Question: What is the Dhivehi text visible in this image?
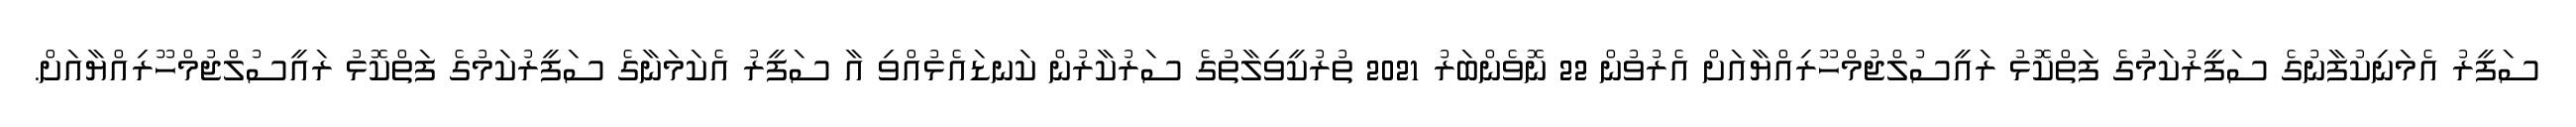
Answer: ސަފީރު އެމަނިކުފާނުގެ ސަފީރުކަމުގެ ފަތްކޮޅު ރައީސުލްޖުމްހޫރިއްޔާއަށް އެރުވުން 22 ނޮވެންބަރު 2021 ތުރުކީވިލާތުގެ ސަރުކާރުން ކަނޑައެޅުއްވި އާ ސަފީރު އެކަމަނާގެ ސަފީރުކަމުގެ ފަތްކޮޅު ރައީސުލްޖުމްހޫރިއްޔާއަށް.